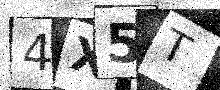
Text: 4X5T